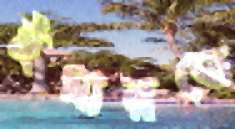
ইমারতে